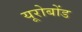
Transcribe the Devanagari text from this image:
यूरोबोंड